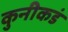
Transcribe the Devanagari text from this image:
कुनीकडं